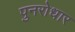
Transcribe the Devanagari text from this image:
पुनरोधार